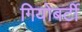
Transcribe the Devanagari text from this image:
गियोबर्टी